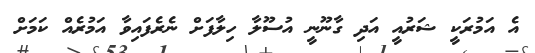
އެ އަމުރަކީ ޝަރުއީ އަދި ގާނޫނީ އުސޫލާ ހިލާފަށް ނެރެފައިވާ އަމުރެއް ކަމަށް